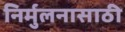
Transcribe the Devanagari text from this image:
निर्मुलनासाठी